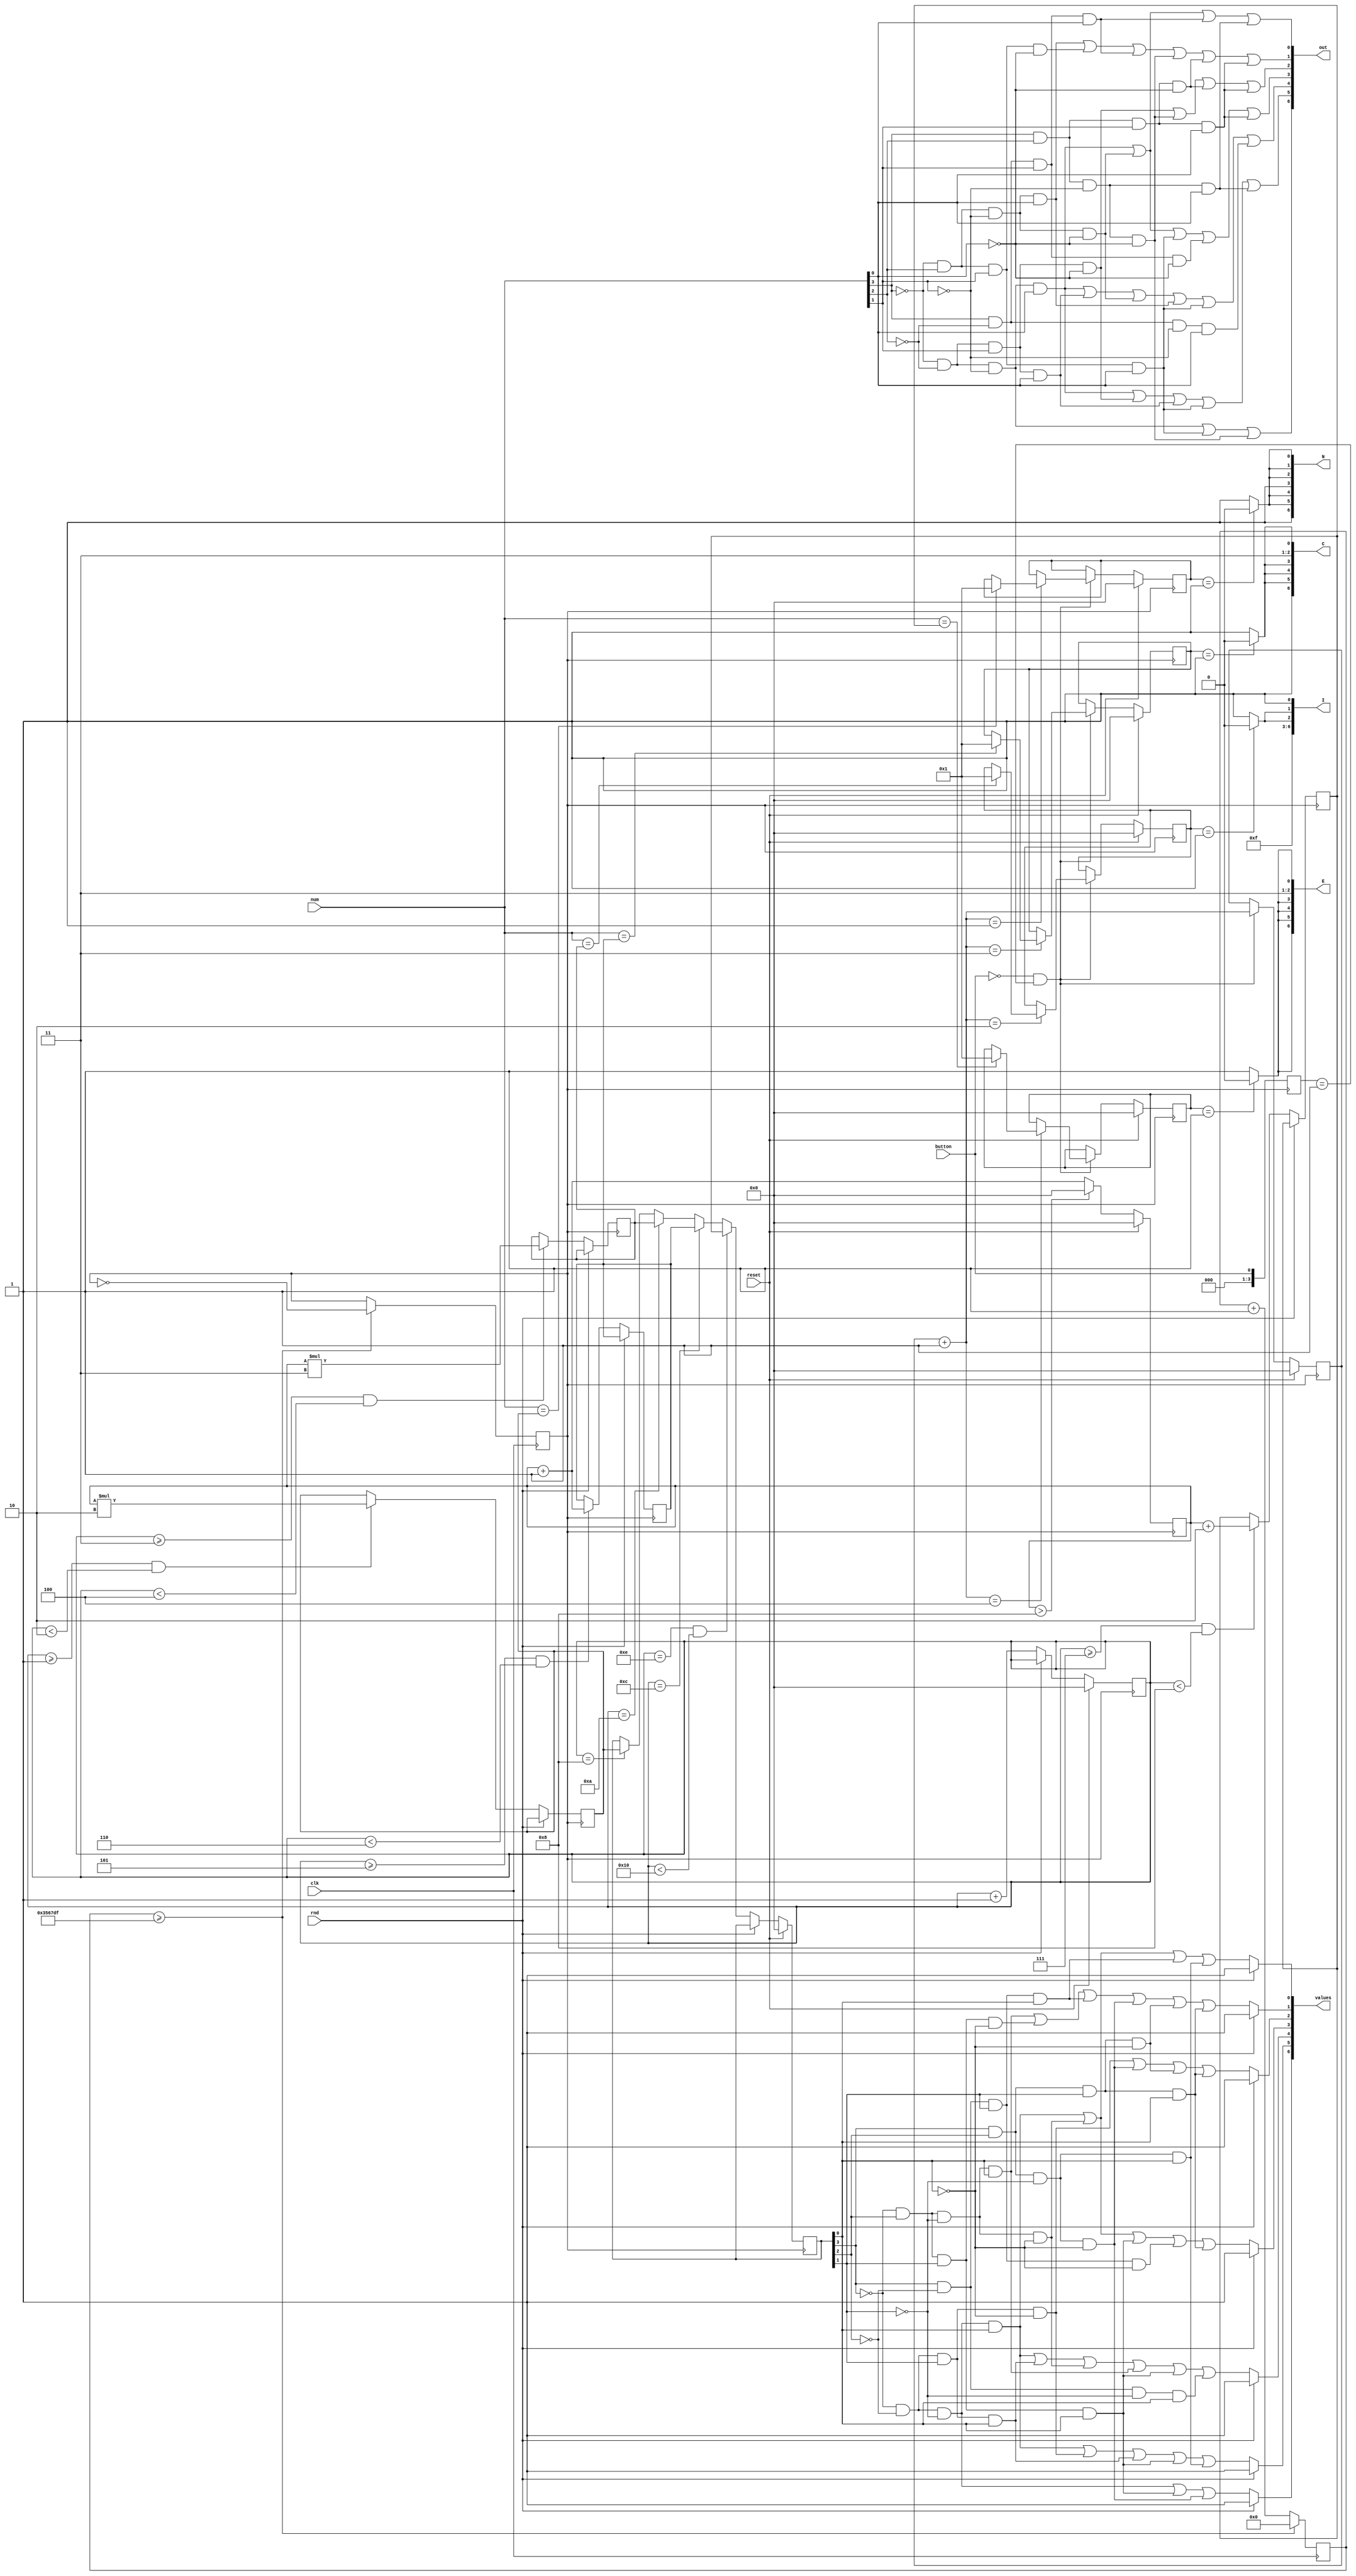
module project(clk,rnd,button,out,num,N,I,C,E,reset,values);
   input clk;
   input reset;
	input[3:0] num; //user input
	input rnd; //button held to generate random numbers
	input button; //button pressed to check user input with stored values
	output [6:0] out;//displays user input
	output [6:0] values;//shows the random number sequence
	
	output [6:0] N; //this displays the win message
	output [6:0] I; //
   output [6:0] C; //
	output [6:0] E; //
	
	wire[3:0] rndvalue; 
	
	reg[3:0] a; //number generator
	reg[3:0] displayvar; //utilized for storing the random value to be put through the logic gates
	
	reg[3:0] display; //values get passed through these to form the letters for the win condition
	reg[3:0] display2;//
	reg[3:0] display3;//
	reg[3:0] display4;//
	
	reg[3:0] number1; //stores random numbers for comparison
	reg[3:0] number2; //
	reg[3:0] number3; //
	reg[3:0] number4; //
	
	reg[3:0] counter;//counter for random number generating and assigning
	reg[3:0] counts; //counter to track which number is being compared with which input
	

//cout changes after a set period of time which is done to slow down the internal clk of the board
reg[31:0] count; 
parameter D = 32'd3500000;
reg cout;
always @(posedge clk)
begin
   count <= count + 32'd1;
      if (count >= (D-1)) begin
         cout <= ~cout;
         count <= 32'd0;
      end
end

reg[3:0] button_r;//used to ensure that only release of button is tracked
always@(posedge cout)
begin
		button_r <= button;
		
		a <= a + 1;//number generator
		if(a > 8)
		begin
		a <= 0;
		end
	if(button == 0 && button_r == 1) //button press for number saving and comparison is pressed
	begin
		counter = counter + 1;
		if(counter == 1)
		begin
			if(num == number1)
				begin
				display <= 1;
				end
		end
		if(counter == 2)
		begin
			if(num == number2)
				begin
				display2 <= 1;
				end
		end
		if(counter == 3)
		begin
			if(num == number3)
				begin
				display3 <= 1;
				end
		end
		if(counter == 4)
		begin
			if(num == number4)
				begin
				display4 <= 1;
				end
		end
	end

	if(rnd == 0)//random number generator triggers on button press
	begin
	
		counts <= counts + 1;
		
		if(counts >= 1 && counts < 2)//these if statements randomize the values and stores them
		begin
		number1 <= a*2;
		end
		if(counts >=3 && counts < 4)
		begin
		number2 <= a*3;
		end
		if(counts >=5 && counts < 6)
		begin
		number3 <= a + 1;
		end
		
		if(counts >=7 && counts < 8)
		begin
		number4 <= a + 2;
		end
       

		
		if(counts == 8)//randomized values get displayed
		begin
		displayvar <= number1;
		end

		if(counts == 10)
		begin
		displayvar <= number2;
		end

		if(counts == 12)
		begin
		displayvar <= number3;
		end

		if(counts == 14 && counts < 16)
		begin
		displayvar <= number4;
		end
		
	end
		if(reset == 1)//resets all values to default values
		begin
		display<=0;
		display2<=0;
		display3<=0;
		display4<=0;
		displayvar <= 0;
		a<=0;
		counts<=0;
		counter<=0;
		end
end

   assign rndvalue = displayvar; 
	
	
	//displays random values
   assign values[0]= rnd == 1 ? 1 :(~rndvalue[3]&~rndvalue[2]&~rndvalue[1]&rndvalue[0])|(~rndvalue[3]&rndvalue[2]&~rndvalue[1]&~rndvalue[0])|(rndvalue[3]&~rndvalue[2]&rndvalue[1]&rndvalue[0])|(rndvalue[3]&rndvalue[2]&~rndvalue[1]&rndvalue[0]);

	assign values[1]= rnd == 1 ? 1 :(~rndvalue[3]&rndvalue[2]&~rndvalue[1]&rndvalue[0])|(~rndvalue[3]&rndvalue[2]&rndvalue[1]&~rndvalue[0])|(rndvalue[3]&~rndvalue[2]&rndvalue[1]&rndvalue[0])|(rndvalue[3]&rndvalue[2]&~rndvalue[1]&~rndvalue[0])|(rndvalue[3]&rndvalue[2]&rndvalue[1]&~rndvalue[0])|(rndvalue[3]&rndvalue[2]&rndvalue[1]&rndvalue[0]);

	assign values[2]= rnd == 1 ? 1 :(~rndvalue[3]&~rndvalue[2]&rndvalue[1]&~rndvalue[0])|(rndvalue[3]&rndvalue[2]&~rndvalue[1]&~rndvalue[0])|(rndvalue[3]&rndvalue[2]&rndvalue[1]&~rndvalue[0])|(rndvalue[3]&rndvalue[2]&rndvalue[1]&rndvalue[0]);

	assign values[3]= rnd == 1 ? 1 :(~rndvalue[3]&~rndvalue[2]&~rndvalue[1]&rndvalue[0])|(~rndvalue[3]&rndvalue[2]&~rndvalue[1]&~rndvalue[0])|(~rndvalue[3]&rndvalue[2]&rndvalue[1]&rndvalue[0])|(rndvalue[3]&~rndvalue[2]&rndvalue[1]&~rndvalue[0])|(rndvalue[3]&rndvalue[2]&rndvalue[1]&rndvalue[0]);

	assign values[4]= rnd == 1 ? 1 :(~rndvalue[3]&~rndvalue[2]&~rndvalue[1]&rndvalue[0])|(~rndvalue[3]&~rndvalue[2]&rndvalue[1]&rndvalue[0])|(~rndvalue[3]&rndvalue[2]&~rndvalue[1]&~rndvalue[0])|(~rndvalue[3]&rndvalue[2]&~rndvalue[1]&rndvalue[0])|(~rndvalue[3]&rndvalue[2]&rndvalue[1]&rndvalue[0])|(rndvalue[3]&~rndvalue[2]&~rndvalue[1]&rndvalue[0]);

	assign values[5]= rnd == 1 ? 1 :(~rndvalue[3]&~rndvalue[2]&~rndvalue[1]&rndvalue[0])|(~rndvalue[3]&~rndvalue[2]&rndvalue[1]&~rndvalue[0])|(~rndvalue[3]&~rndvalue[2]&rndvalue[1]&rndvalue[0])|(~rndvalue[3]&rndvalue[2]&rndvalue[1]&rndvalue[0])|(rndvalue[3]&rndvalue[2]&~rndvalue[1]&rndvalue[0]);
	
	assign values[6]= rnd == 1 ? 1 :(~rndvalue[3]&~rndvalue[2]&~rndvalue[1])|(~rndvalue[3]&rndvalue[2]&rndvalue[1]&rndvalue[0])|(rndvalue[3]&rndvalue[2]&~rndvalue[1]&~rndvalue[0]);
	 
	//displays user input	 
	assign out[0]=(~num[3]&~num[2]&~num[1]&num[0])|(~num[3]&num[2]&~num[1]&~num[0])|(num[3]&~num[2]&num[1]&num[0])|(num[3]&num[2]&~num[1]&num[0]);

	assign out[1]=(~num[3]&num[2]&~num[1]&num[0])|(~num[3]&num[2]&num[1]&~num[0])|(num[3]&~num[2]&num[1]&num[0])|(num[3]&num[2]&~num[1]&~num[0])|(num[3]&num[2]&num[1]&~num[0])|(num[3]&num[2]&num[1]&num[0]);

	assign out[2]=(~num[3]&~num[2]&num[1]&~num[0])|(num[3]&num[2]&~num[1]&~num[0])|(num[3]&num[2]&num[1]&~num[0])|(num[3]&num[2]&num[1]&num[0]);

	assign out[3]=(~num[3]&~num[2]&~num[1]&num[0])|(~num[3]&num[2]&~num[1]&~num[0])|(~num[3]&num[2]&num[1]&num[0])|(num[3]&~num[2]&num[1]&~num[0])|(num[3]&num[2]&num[1]&num[0]);

	assign out[4]=(~num[3]&~num[2]&~num[1]&num[0])|(~num[3]&~num[2]&num[1]&num[0])|(~num[3]&num[2]&~num[1]&~num[0])|(~num[3]&num[2]&~num[1]&num[0])|(~num[3]&num[2]&num[1]&num[0])|(num[3]&~num[2]&~num[1]&num[0]);

	assign out[5]=(~num[3]&~num[2]&~num[1]&num[0])|(~num[3]&~num[2]&num[1]&~num[0])|(~num[3]&~num[2]&num[1]&num[0])|(~num[3]&num[2]&num[1]&num[0])|(num[3]&num[2]&~num[1]&num[0]);
	
	assign out[6]=(~num[3]&~num[2]&~num[1])|(~num[3]&num[2]&num[1]&num[0])|(num[3]&num[2]&~num[1]&~num[0]);
	
	//displays win condition
	assign N[0]= display == 1 ? 0 : 1;

	assign N[1]= display == 1 ? 0 : 1;

	assign N[2]= display == 1 ? 0 : 1;

	assign N[3]= 1;

	assign N[4]= display == 1 ? 0 : 1;

   assign N[5]= display == 1 ? 0 : 1;
	
	assign N[6]= 1;
	
	
   assign I[0]= 1;

	assign I[1]= display2 == 1 ? 0 : 1;

	assign I[2]= display2 == 1 ? 0 : 1;

	assign I[3]= 1;
	
	assign I[4]= 1;

   assign I[5]= 1;
	
	assign I[6]= 1;
	

	assign C[0]= display3 == 1 ? 0 : 1;

	assign C[1] = 1;

	assign C[2] = 1;

	assign C[3]= display3 == 1 ? 0 : 1;

	assign C[4]= display3 == 1 ? 0 : 1;

   assign C[5]= display3 == 1 ? 0 : 1;
	
	assign C[6]= 1;
	
	
	assign E[0]= display4 == 1 ? 0 : 1;

	assign E[1]= 1;

	assign E[2]= 1;

	assign E[3]= display4 == 1 ? 0 : 1;

	assign E[4]= display4 == 1 ? 0 : 1;

   assign E[5]= display4 == 1 ? 0 : 1;
	
	assign E[6]= display4 == 1 ? 0 : 1;
	
	
endmodule